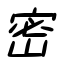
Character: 密